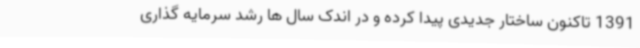
1391 تاکنون ساختار جدیدی پیدا کرده و در اندک سال ها رشد سرمایه گذاری